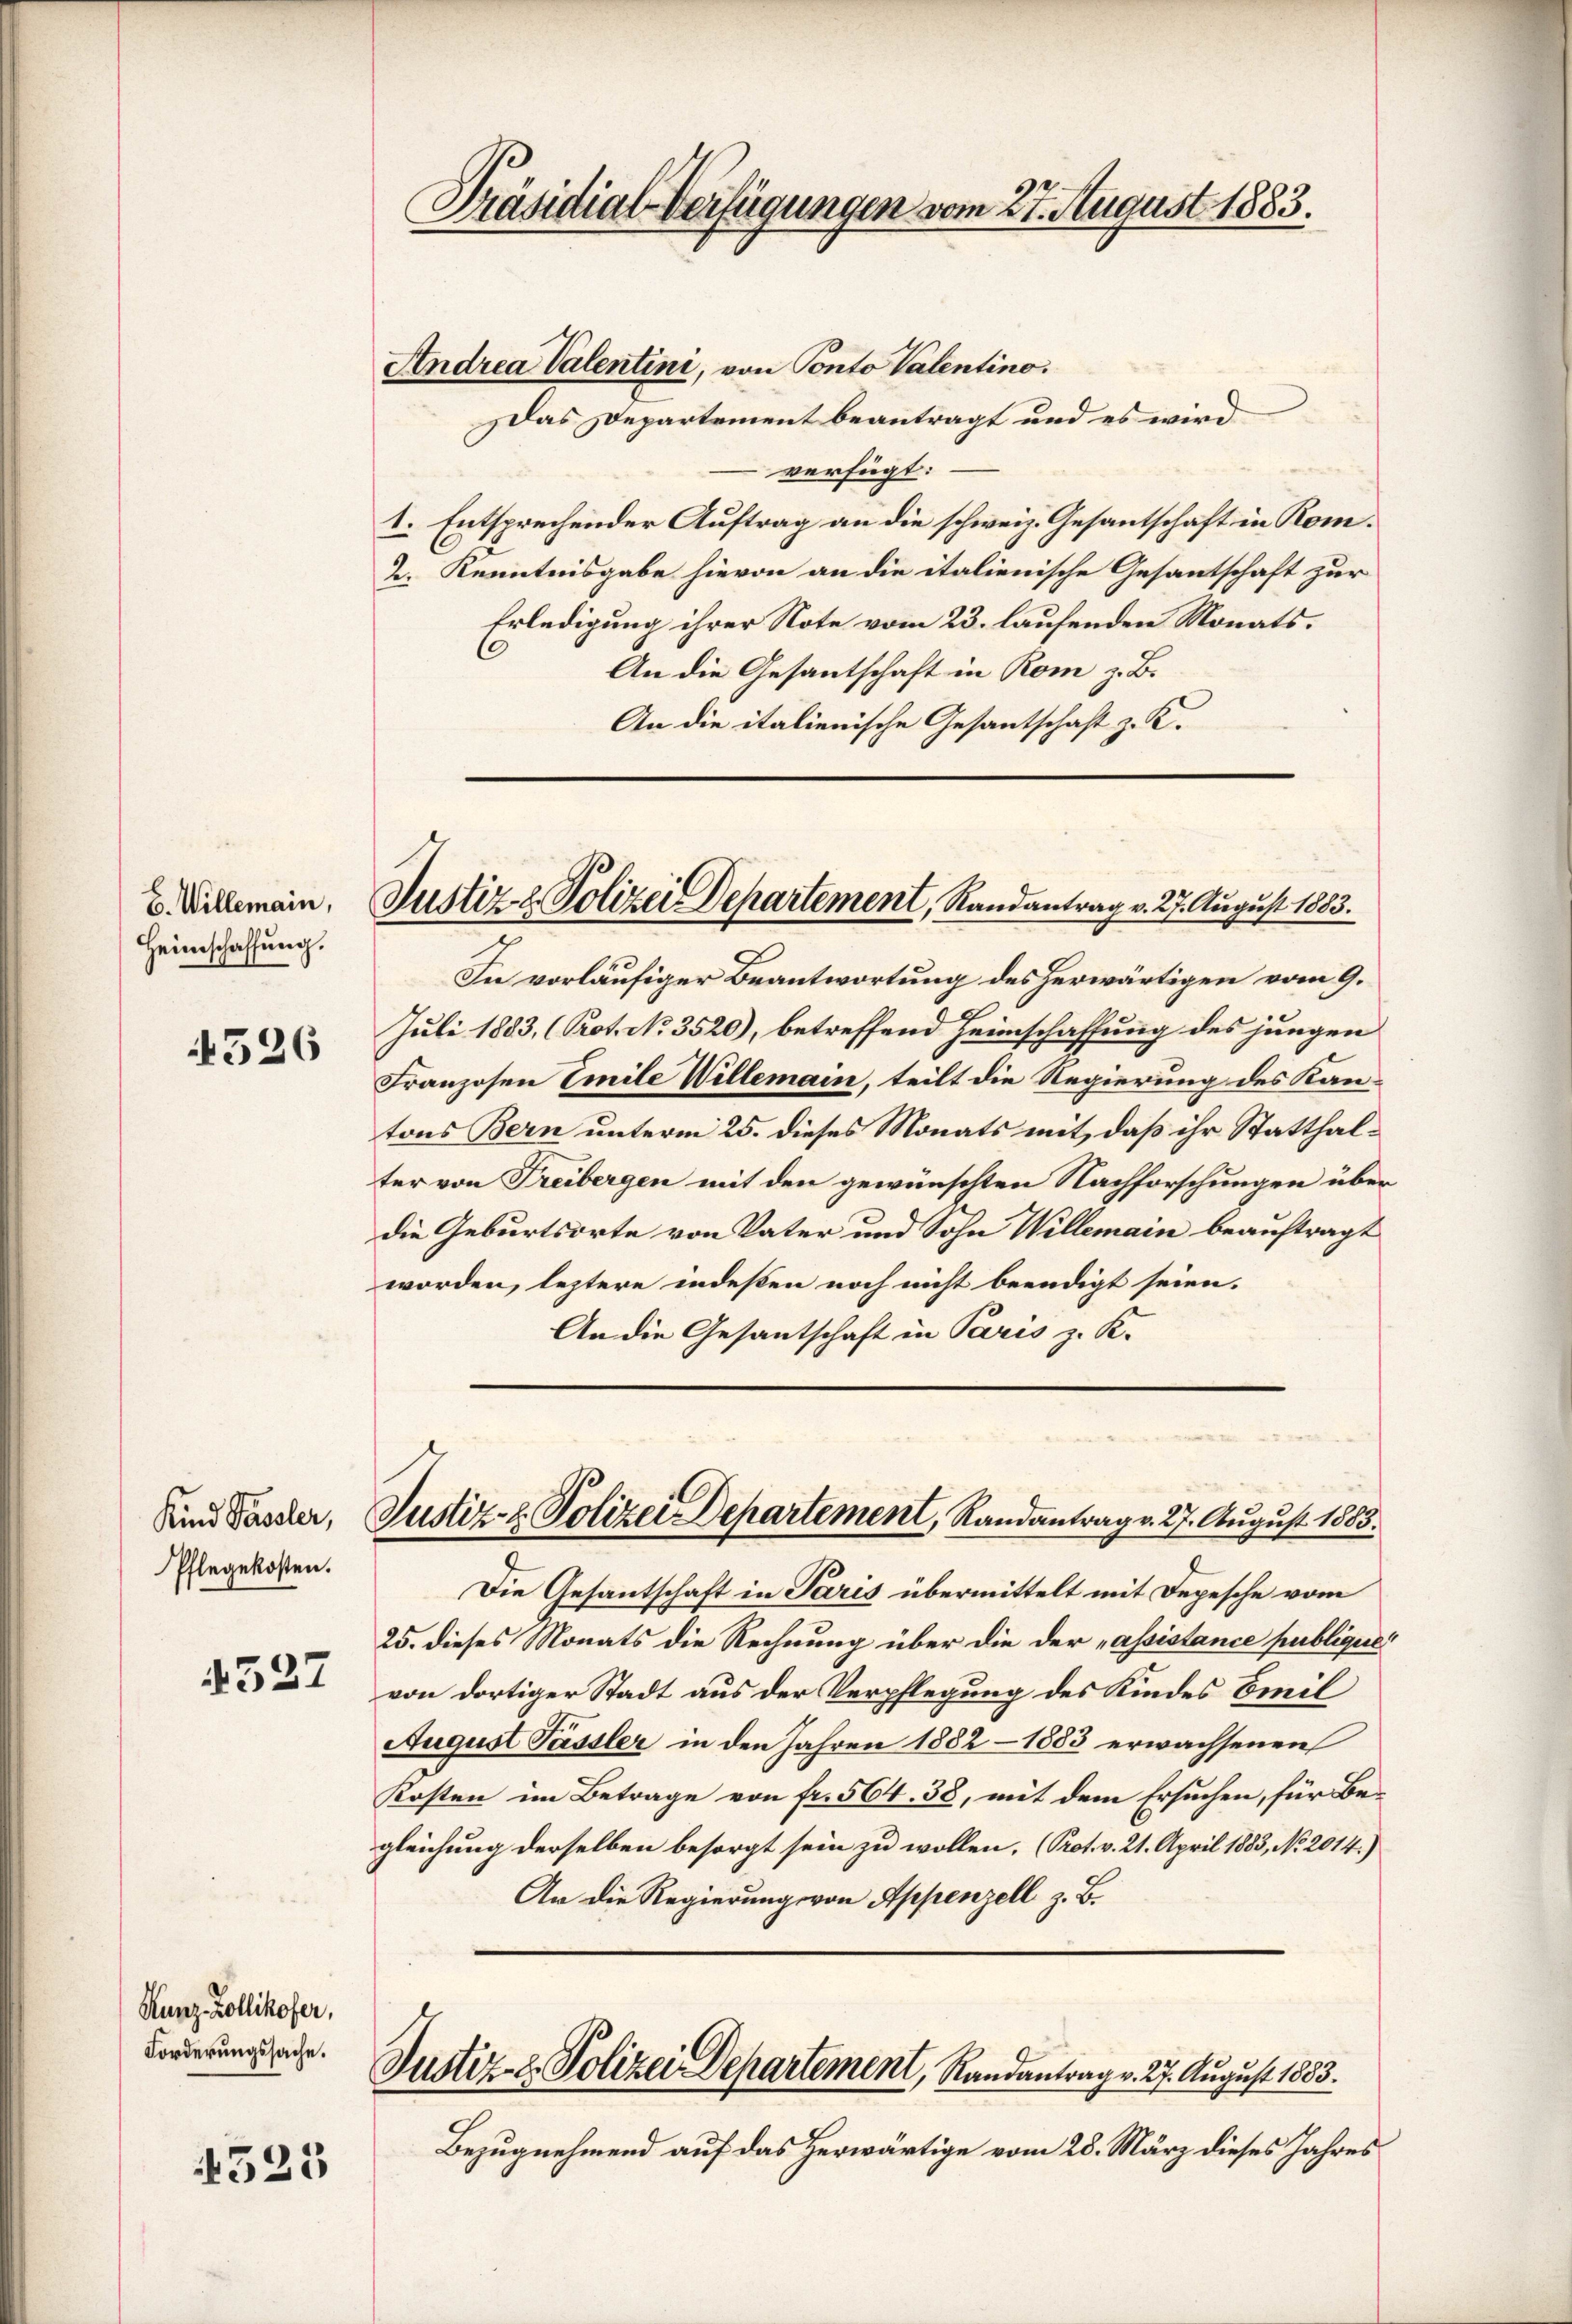
E. Willemain,
Heimschaffung.

4526

527

4525

Kind Passler,
Pflegekosten.

Kunz-Zollikofer,
Forderungssache.

Präsidial-Verfügungen vom 27. August 1883.

Justiz- & Polizei Departement, Randantrag v. 27. August 1883.

Andrea Valentini, von Ponto Valentino.
Das Departement beantragt und es wird
verfügt:
1. Entsprechender Auftrag an die schweiz. Gesantschaft in Kom¬
2. Kenntnisgabe hievon an die italienische Gesantschaft zur
Erledigung ihrer Note vom 23. laufenden Monats¬
An die Gesantschaft in Rom z. B.
An die italienische Gesantschaft z. K.

In vorläufiger Beantwortung des herwärtigen vom 9.
Juli 1883, (Prot. No. 3520), betreffend Heimschaffung des jungen
Franzosen Emile Willemain, teilt die Regierung des Kantons Bern unterm 25. dieses Monats mit, daß ihr Statthalter von Freibergen mit den gewünschten Nachforschungen über
die Geburtsorte von Vater und Sohn Willemain beauftragt
worden, leztere indeßen noch nicht beendigt seien.
An die Gesantschaft in Paris z. K.

Die Gesantschaft in Paris übermittelt mit Depesche vom
25. dieses Monats die Rechnung über die der „assistance publiques
von dortiger Stadt aus der Verpflegung des Kindes Emil
August Passler in den Jahren 1882 - 1883 erwachsenen
Kosten im Betrage von fr. 564. 38, mit dem Ersuchen, für Begleichung derselben besorgt sein zu wollen. (Prot. v. 21. April 1883, No 2014.)
An die Regierung von Appenzell z. B.

Justiz- & Polizei Departement, Randantrag v. 27. August 1883.

Justiz- & Polizei Departement, Randantrag v. 27. August 1883.

Bezugnehmend auf das Herwärtige vom 28. März dieses Jahres